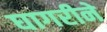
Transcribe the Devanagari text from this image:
घागरीने